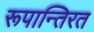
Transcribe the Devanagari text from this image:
रूपान्तिरत